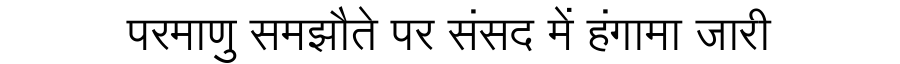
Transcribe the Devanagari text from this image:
परमाणु समझौते पर संसद में हंगामा जारी